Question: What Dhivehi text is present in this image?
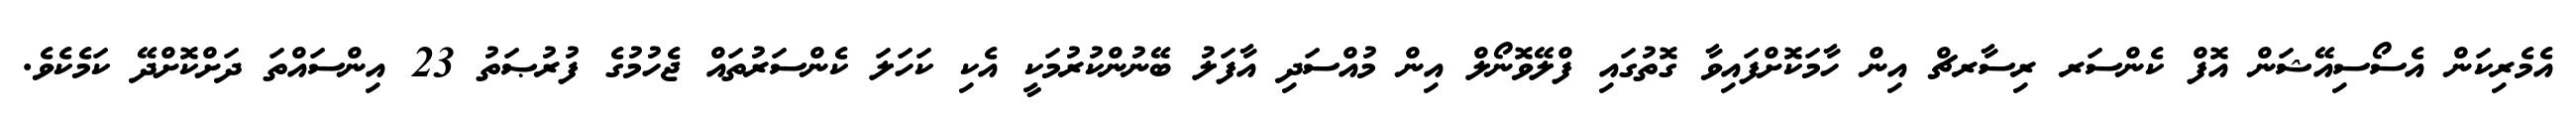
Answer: އެމެރިކަން އެސޯސިއޭޝަން އޮފް ކެންސަރ ރިސާރޗް އިން ހާމަކޮށްފައިވާ ގޮތުގައި ފްލޭވޮނޯލް އިން މުއްސަދި އާފަލު ބޭނުންކުރުމަކީ އެކި ކަހަލަ ކެންސަރުތައް ޖެހުމުގެ ފުރުޞަތު 23 އިންސައްތަ ދަށްކޮށްދޭ ކަމެކެވެ.